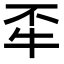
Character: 𤘮